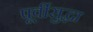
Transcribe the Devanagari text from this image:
पूर्वीसुद्धा